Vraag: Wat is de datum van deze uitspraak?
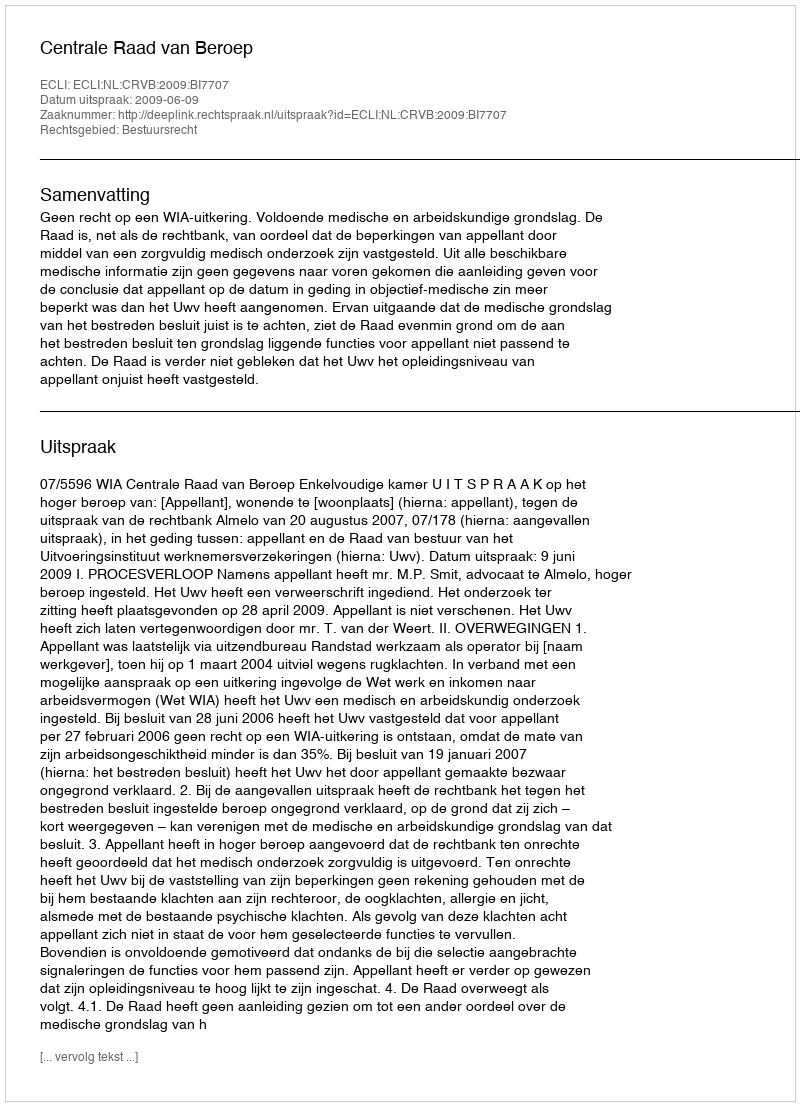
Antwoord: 2009-06-09